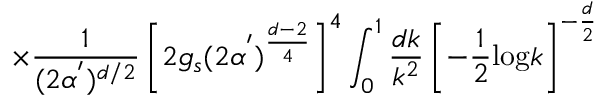
\times \frac { 1 } { ( 2 \alpha ^ { ' } ) ^ { d / 2 } } \left[ 2 g _ { s } ( 2 \alpha ^ { ' } ) ^ { \frac { d - 2 } { 4 } } \right] ^ { 4 } \int _ { 0 } ^ { 1 } \frac { d k } { k ^ { 2 } } \left[ - \frac { 1 } { 2 } \mathrm { l o g } k \right] ^ { - \frac { d } { 2 } }